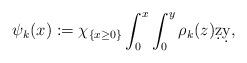
LaTeX: \begin{align*}\psi_k(x):= \chi_{\{x\geq 0\}} \int_{0}^{x}\int_{0}^{y}\rho_k(z)\d z \d y, \end{align*}